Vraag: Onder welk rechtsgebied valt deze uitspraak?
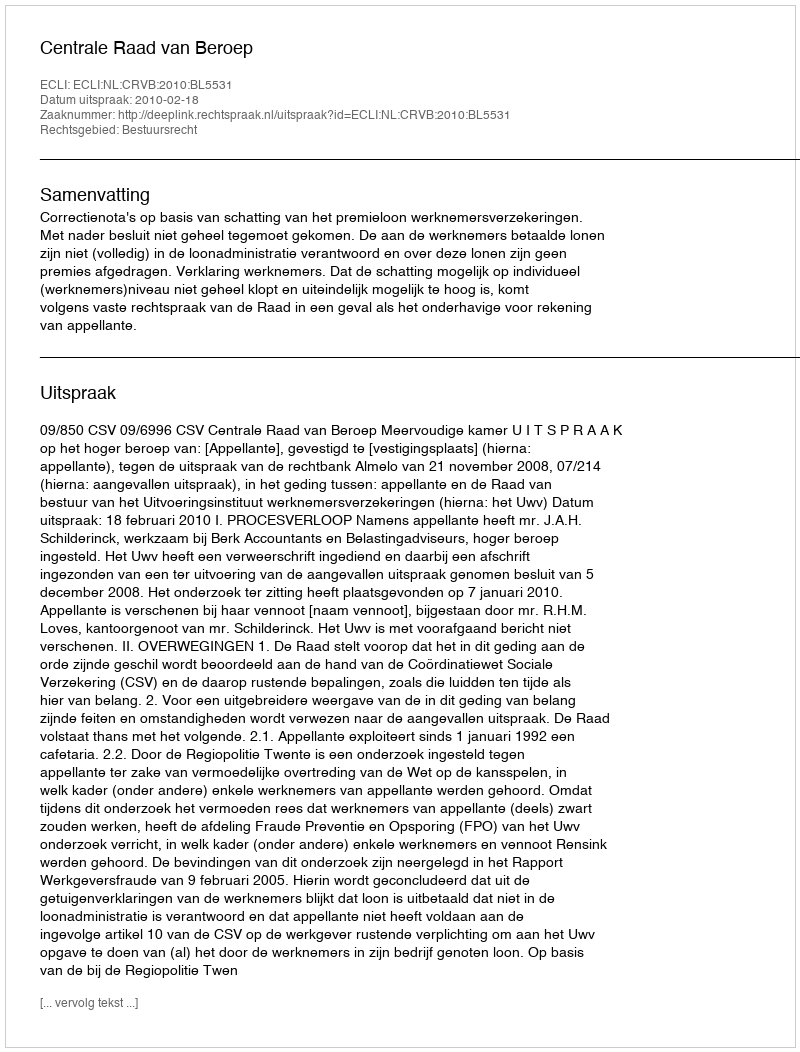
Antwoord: Bestuursrecht